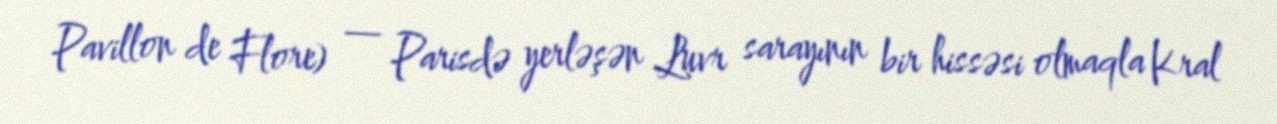
Pavillon de Flore) — Parisdə yerləşən Luvr sarayının bir hissəsi olmaqla Kral